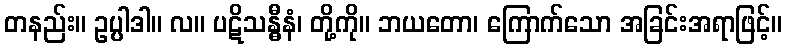
တနည်း။ ဥပ္ပါဒါ။ လ။ ပဋိသန္ဓီနံ၊ တို့ကို။ ဘယတော၊ ကြောက်သော အခြင်းအရာဖြင့်။